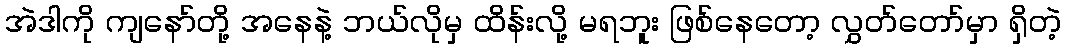
အဲဒါကို ကျနော်တို့ အနေနဲ့ ဘယ်လိုမှ ထိန်းလို့ မရဘူး ဖြစ်နေတော့ လွှတ်တော်မှာ ရှိတဲ့